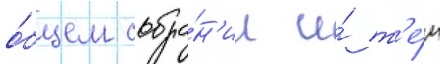
о́бщем собра́н'ии и́ т'е́м